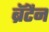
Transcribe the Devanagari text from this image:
ब्रॅटैन